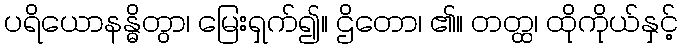
ပရိယောနန္ဓိတွာ၊ မြေးရှက်၍။ ဌိတော၊ ၏။ တတ္ထ၊ ထိုကိုယ်နှင့်